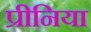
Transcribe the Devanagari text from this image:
प्रीनिया